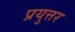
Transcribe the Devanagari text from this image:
प्रयुत्तर